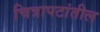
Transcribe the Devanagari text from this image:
चित्रापटांतील